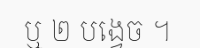
ឬ ២ បង្វេច ។